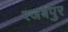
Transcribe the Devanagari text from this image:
रजबपुर